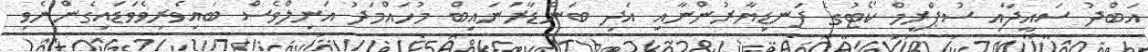
އަބްދު ސައީދާއި ސުޕްރީމް ކޯޓުގެ ފަނޑިޔާރުންނާއި އަދި ބަންޑާރަނައިބް މުހައްމަދު އަނިލްވެސް ބައިވެރިވެވަޑައިގެންނެވި